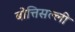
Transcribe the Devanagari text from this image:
बोत्तिसल्ली